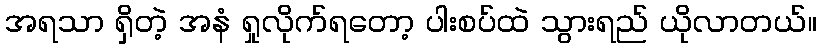
အရသာ ရှိတဲ့ အနံ ရှုလိုက်ရတော့ ပါးစပ်ထဲ သွားရည် ယိုလာတယ်။